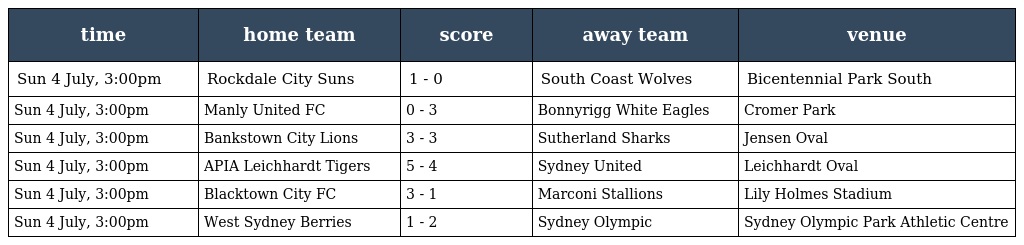
| time | home team | score | away team | venue |
 | --- | --- | --- | --- | --- |
 | Sun 4 July, 3:00pm | Rockdale City Suns | 1 - 0 | South Coast Wolves | Bicentennial Park South |
 | Sun 4 July, 3:00pm | Manly United FC | 0 - 3 | Bonnyrigg White Eagles | Cromer Park |
 | Sun 4 July, 3:00pm | Bankstown City Lions | 3 - 3 | Sutherland Sharks | Jensen Oval |
 | Sun 4 July, 3:00pm | APIA Leichhardt Tigers | 5 - 4 | Sydney United | Leichhardt Oval |
 | Sun 4 July, 3:00pm | Blacktown City FC | 3 - 1 | Marconi Stallions | Lily Holmes Stadium |
 | Sun 4 July, 3:00pm | West Sydney Berries | 1 - 2 | Sydney Olympic | Sydney Olympic Park Athletic Centre |